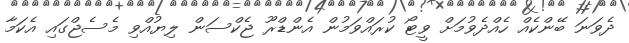
ދެވަނަ ބޭންކެއް ހެއްދެވުމަށް ވީޓޯ ކުރައްވަމުން އެންޑްރޫ ޖެކްސަން ލިޔުއްވި މެސެޖްގައި އެކަމާ